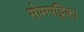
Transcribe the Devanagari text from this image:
मोमपट्टिका